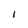
Character: l